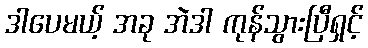
ဒါပေမယ့် အခု အဲဒါ ကုန်သွားပြီရှင့်